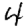
Digit: 4